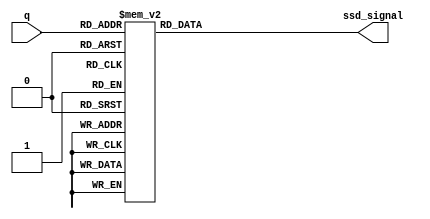
`timescale 1ns / 1ps
//////////////////////////////////////////////////////////////////////////////////
// Company: 
// Engineer: 
// 
// Design Name: 
// Module Name: BCD_to_SSD_decoder
// Project Name: 
// Target Devices: 
// Tool Versions: 
// Description: 
// 
// Dependencies: 
// 
// Revision:
// Revision 0.01 - File Created
// Additional Comments:
// 
//////////////////////////////////////////////////////////////////////////////////


`define ss_0 8'b0000_0011
`define ss_1 8'b1001_1111
`define ss_2 8'b0010_0101
`define ss_3 8'b0000_1101
`define ss_4 8'b1001_1001
`define ss_5 8'b0100_1001
`define ss_6 8'b0100_0001
`define ss_7 8'b0001_1111
`define ss_8 8'b0000_0001
`define ss_9 8'b0000_1001
`define ss_n 8'b1111_1111

module BCD_to_SSD_decoder(
    input [3:0] q,
    output reg [7:0] ssd_signal
    );
    
    always @*
        case(q)
            4'd0: ssd_signal = `ss_0;
            4'd1: ssd_signal = `ss_1;
            4'd2: ssd_signal = `ss_2;
            4'd3: ssd_signal = `ss_3;
            4'd4: ssd_signal = `ss_4;
            4'd5: ssd_signal = `ss_5;
            4'd6: ssd_signal = `ss_6;
            4'd7: ssd_signal = `ss_7;
            4'd8: ssd_signal = `ss_8;
            4'd9: ssd_signal = `ss_9;
            4'd15: ssd_signal = `ss_n;
            default: ssd_signal = `ss_n;
        endcase
endmodule